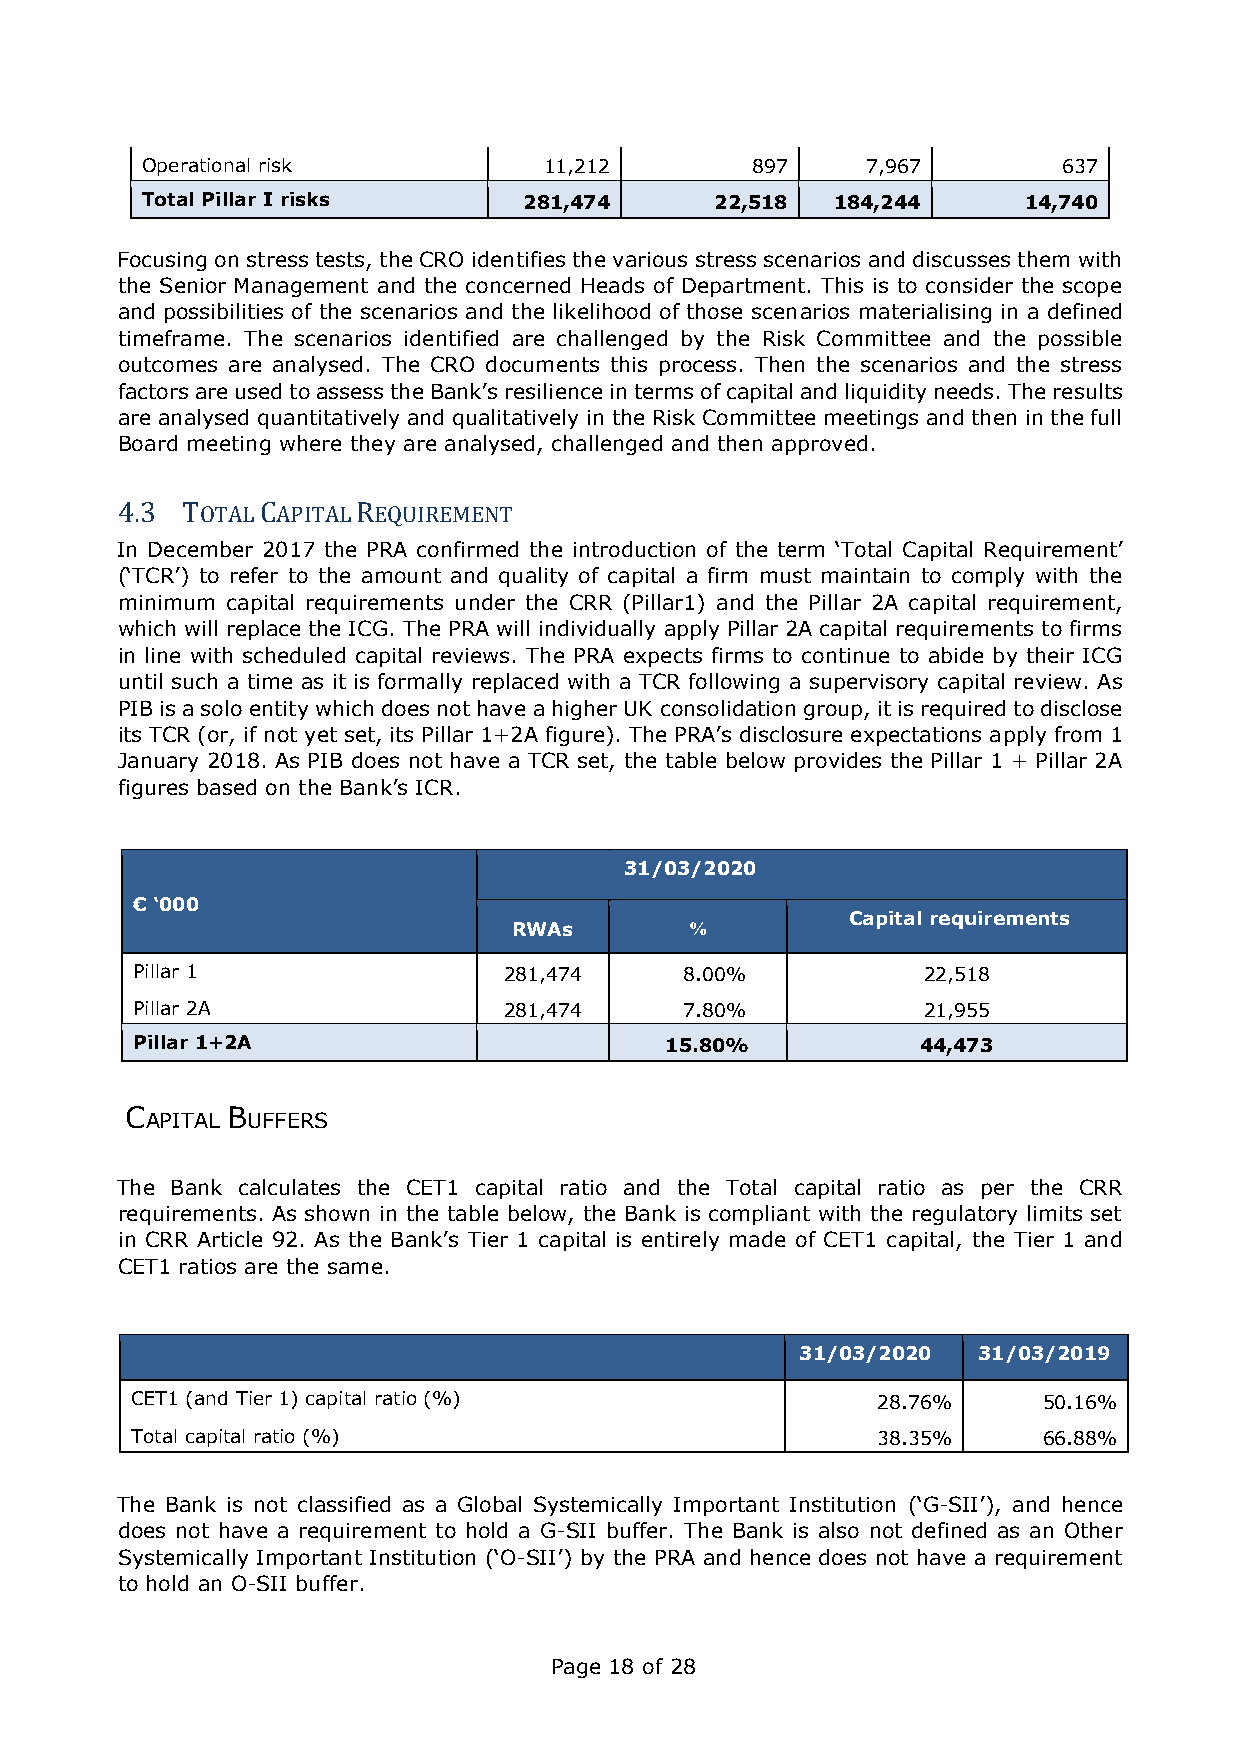
Operational risk           11,212        897    7,967        637
 Total Pillar I risks      281,474     22,518  184,244      14,740
 Focusing on stress tests, the CRO identifies the various stress scenarios and discusses them with
 the Senior Management and the concerned Heads of Department. This is to consider the scope
 and possibilities of the scenarios and the likelihood of those scenarios materialising in a defined
 timeframe. The scenarios identified are challenged by the Risk Committee and the possible
 outcomes are analysed. The CRO documents this process. Then the scenarios and the stress
 factors are used to assess the Bank’s resilience in terms of capital and liquidity needs. The results
 are analysed quantitatively and qualitatively in the Risk Committee meetings and then in the full
 Board meeting where they are analysed, challenged and then approved.
 4.3 TOTAL CAPITAL REQUIREMENT
 In December 2017 the PRA confirmed the introduction of the term ‘Total Capital Requirement’
 (‘TCR’) to refer to the amount and quality of capital a firm must maintain to comply with the
 minimum capital requirements under the CRR (Pillar1) and the Pillar 2A capital requirement,
 which will replace the ICG. The PRA will individually apply Pillar 2A capital requirements to firms
 in line with scheduled capital reviews. The PRA expects firms to continue to abide by their ICG
 until such a time as it is formally replaced with a TCR following a supervisory capital review. As
 PIB is a solo entity which does not have a higher UK consolidation group, it is required to disclose
 its TCR (or, if not yet set, its Pillar 1+2A figure). The PRA’s disclosure expectations apply from 1
 January 2018. As PIB does not have a TCR set, the table below provides the Pillar 1 + Pillar 2A
 figures based on the Bank’s ICR.
 31/03/2020
 € ‘000
 Capital requirements
 RWAs        %
 Pillar 1                281,474     8.00%           22,518
 Pillar 2A               281,474     7.80%           21,955
 Pillar 1+2A                        15.80%           44,473
 C      B
 APITAL UFFERS
 The Bank calculates the CET1 capital ratio and the Total capital ratio as per the CRR
 requirements. As shown in the table below, the Bank is compliant with the regulatory limits set
 in CRR Article 92. As the Bank’s Tier 1 capital is entirely made of CET1 capital, the Tier 1 and
 CET1 ratios are the same.
 31/03/2020  31/03/2019
 CET1 (and Tier 1) capital ratio (%)              28.76%     50.16%
 Total capital ratio (%)                          38.35%     66.88%
 The Bank is not classified as a Global Systemically Important Institution (‘G-SII’), and hence
 does not have a requirement to hold a G-SII buffer. The Bank is also not defined as an Other
 Systemically Important Institution (‘O-SII’) by the PRA and hence does not have a requirement
 to hold an O-SII buffer.
 Page 18 of 28